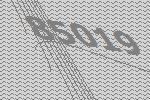
85019